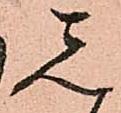
し